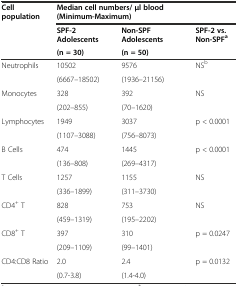
| Cell population | <COLSPAN=3> Median cell numbers/ μl blood (Minimum-Maximum) |
 | <ROWSPAN=2>  | SPF-2 Adolescents | Non-SPF Adolescents | <ROWSPAN=2> SPF-2 vs. Non-SPFa |
 | (n = 30) | (n = 50) |
 | --- | --- | --- | --- |
 | <ROWSPAN=2> Neutrophils | 10502 | 9576 | <ROWSPAN=2> NSb |
 | (6667–18502) | (1936–21156) |
 | <ROWSPAN=2> Monocytes | 328 | 392 | <ROWSPAN=2> NS |
 | (202–855) | (70–1620) |
 | <ROWSPAN=2> Lymphocytes | 1949 | 3037 | <ROWSPAN=2> p < 0.0001 |
 | (1107–3088) | (756–8073) |
 | <ROWSPAN=2> B Cells | 474 | 1445 | <ROWSPAN=2> p < 0.0001 |
 | (136–808) | (269–4317) |
 | <ROWSPAN=2> T Cells | 1257 | 1155 | <ROWSPAN=2> NS |
 | (336–1899) | (311–3730) |
 | <ROWSPAN=2> CD4+ T | 828 | 753 | <ROWSPAN=2> NS |
 | (459–1319) | (195–2202) |
 | CD8+ T | 397 | 310 | <ROWSPAN=2> p = 0.0247 |
 |  | (209–1109) | (99–1401) |
 | <ROWSPAN=2> CD4:CD8 Ratio | 2.0 | 2.4 | <ROWSPAN=2> p = 0.0132 |
 | (0.7-3.8) | (1.4-4.0) |